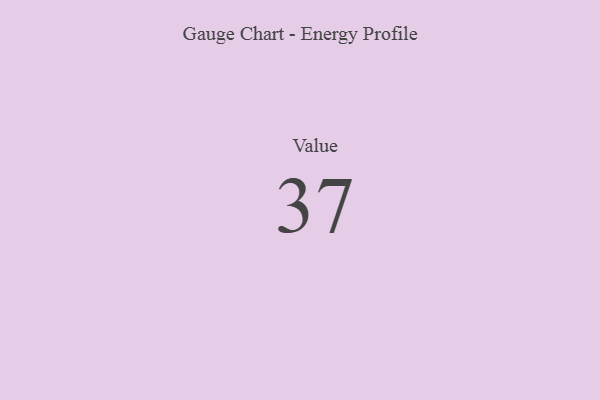
{"axis": {"x": "Metric", "y": "Value"}, "legend": [""], "data": [{"x": "Value", "y": 37, "type": ""}]}